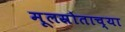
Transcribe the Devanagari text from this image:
मूलस्रोताच्या